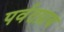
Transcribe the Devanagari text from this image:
पर्वतप्राय